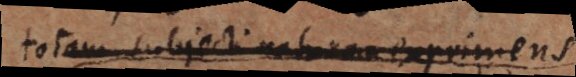
totam subjecti naturam exprimens